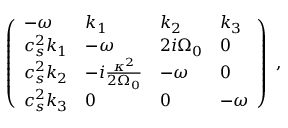
\left( \begin{array} { l l l l } { - { \omega } } & { k _ { 1 } } & { k _ { 2 } } & { k _ { 3 } } \\ { c _ { s } ^ { 2 } k _ { 1 } } & { - { \omega } } & { 2 i { \Omega } _ { 0 } } & { 0 } \\ { c _ { s } ^ { 2 } k _ { 2 } } & { - i \frac { \kappa ^ { 2 } } { 2 { \Omega } _ { 0 } } } & { - { \omega } } & { 0 } \\ { c _ { s } ^ { 2 } k _ { 3 } } & { 0 } & { 0 } & { - { \omega } } \end{array} \right) \; ,